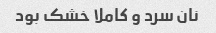
نان سرد و کاملا خشک بود